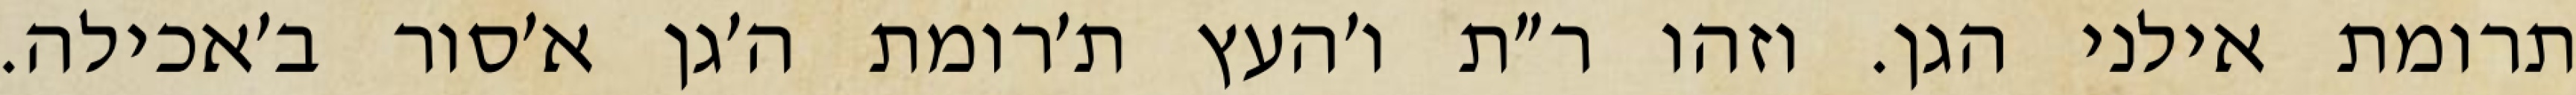
תרומת אילני הגן. וזהו ר״ת ו׳העץ ת׳רומת ה׳גן א׳סור ב׳אכילה.